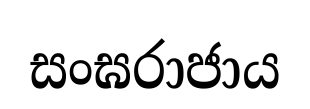
සංඝරාජාය